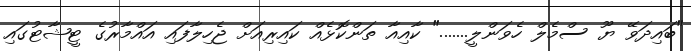
"ބައިދަވޭ ޔޫ ސްމެލް ހެވަންލީ......." ކާއިއާ ތަންކޮޅެއް ކައިރިއަށް ޖެހިލާފައި އައްމާރުގެ ޓީޝާޓުގައި